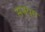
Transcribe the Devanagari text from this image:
सभ्यग